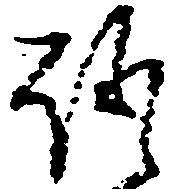
語